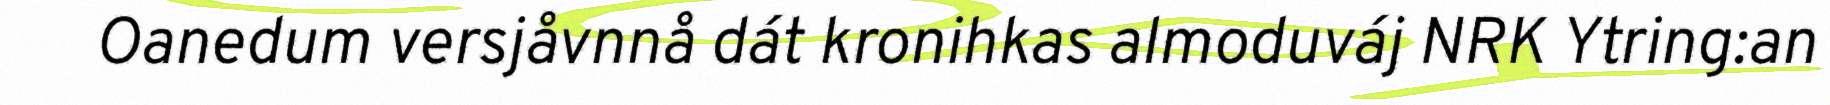
Oanedum versjåvnnå dát kronihkas almoduváj NRK Ytring:an